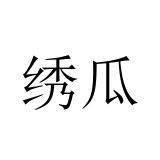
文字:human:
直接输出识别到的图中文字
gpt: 绣瓜